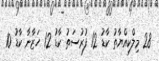
28 މިލްކިއްޔާތު ކާޑު 12 ފުރުސަތު ކާޑު 12 ހަޒާނާ ކާޑު 10